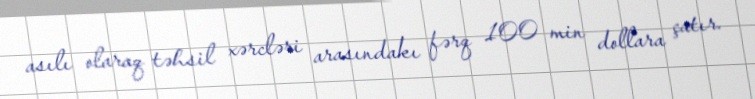
asılı olaraq təhsil xərcləri arasındakı fərq 100 min dollara çatır.